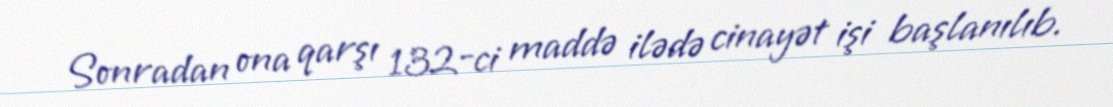
Sonradan ona qarşı 132-ci maddə ilədə cinayət işi başlanılıb.